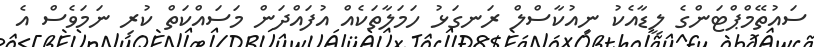
ސައުތޭމްޕްޓަންގެ ލީޑާއެކު ނިއުކާސްލް ރަނގަޅު ހަމަލާތަކެއް އުފައްދަން މަސައްކަތް ކުރި ނަމަވެސް އެ